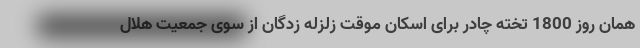
همان روز 1800 تخته چادر برای اسکان موقت زلزله زدگان از سوی جمعیت هلال